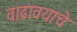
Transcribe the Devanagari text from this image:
वाढावयाचे